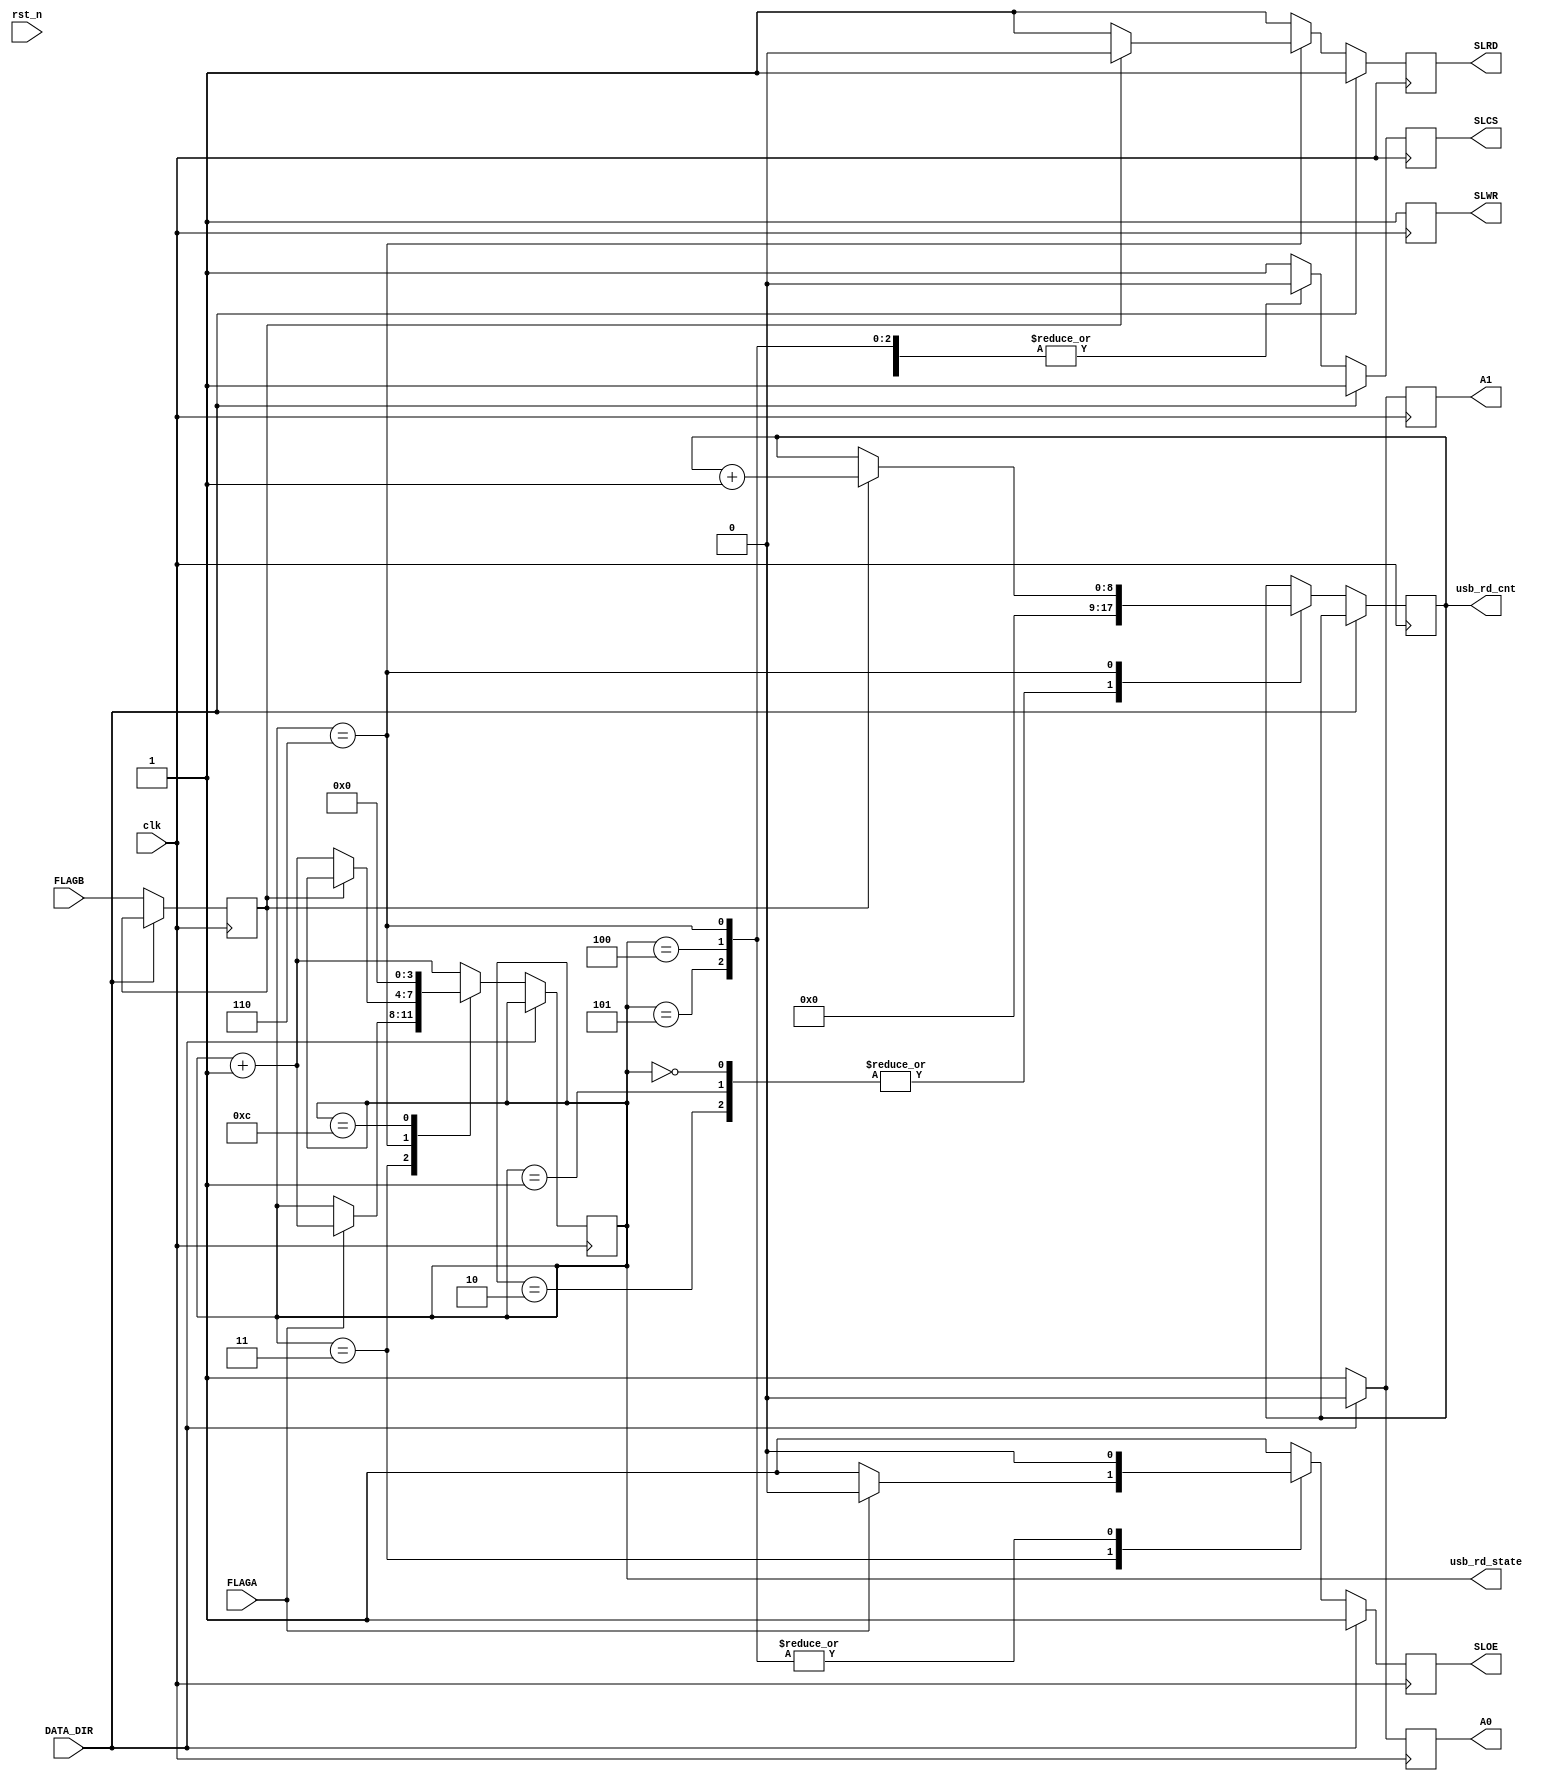
module stream(
    input clk,
    input rst_n,
    input FLAGA,
    input FLAGB,
    input DATA_DIR,

    output reg SLCS,
    output reg SLOE,
    output reg SLRD,
    output reg SLWR,
    output reg A1,
    output reg A0,
    output reg [8:0] usb_rd_cnt = 4'b0,
    output reg [3:0] usb_rd_state = 4'b0
);

reg FLAGB1 = 1'b1;

always@(posedge clk)
begin
	SLCS <= 1'b1;
	SLOE <= 1'b1;
	SLRD <= 1'b1;
	SLWR <= 1'b1;
	if (DATA_DIR==1'b0) begin
		A0 <= 1'b1;
		A1 <= 1'b1;
		FLAGB1 <= FLAGB;
		case (usb_rd_state)
			 4'd0,4'd1,4'd2: begin
				  usb_rd_cnt <= 9'd0;
				  SLCS <= 1'b0;
				  usb_rd_state <= usb_rd_state + 4'b1;
			 end
			 4'd3:	begin
				  SLCS <= 1'b0;
				  if(FLAGA==1'b1) begin
						usb_rd_state <= usb_rd_state + 4'b1;
						SLOE <= 1'b0;
				  end
			 end
			 4'd4,4'd5: begin
				  SLCS <= 1'b0;
				  SLOE <= 1'b0;
				  usb_rd_state <= usb_rd_state + 4'b1;
			 end
			 4'd6: begin
				  SLCS <= 1'b0;
				  SLOE <= 1'b0;
				  if(FLAGB1==1'b1) begin
					  SLRD <= 1'b0;
					  usb_rd_cnt <= usb_rd_cnt + 9'b1;
				  end
				  else begin
					  usb_rd_state <= usb_rd_state + 4'b1;
				  end
			end
			4'd12: begin
				 usb_rd_state <= 4'd0;
			end
			default:	begin
				 usb_rd_state <= usb_rd_state + 4'b1;
			end
		endcase
	 end
	 else begin
		A0 <= 1'b0;
		A1 <= 1'b0;
	 end
end

endmodule